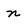
Character: n